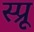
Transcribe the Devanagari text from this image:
स्प्रू